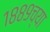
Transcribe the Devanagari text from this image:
१८८९च्या